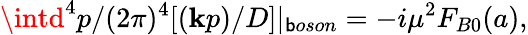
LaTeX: \intd^{4}p/(2\pi)^{4}[(\mathbf{k}p)/D]|_{\mathsf{b}oson}=-i\mu^{2}F_{B0}(a),